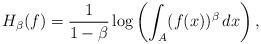
LaTeX: \begin{align*}H_\beta(f) = \frac{1}{1-\beta}\log\left(\int_A (f(x))^\beta\,dx\right) ,\end{align*}